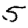
Digit: 5